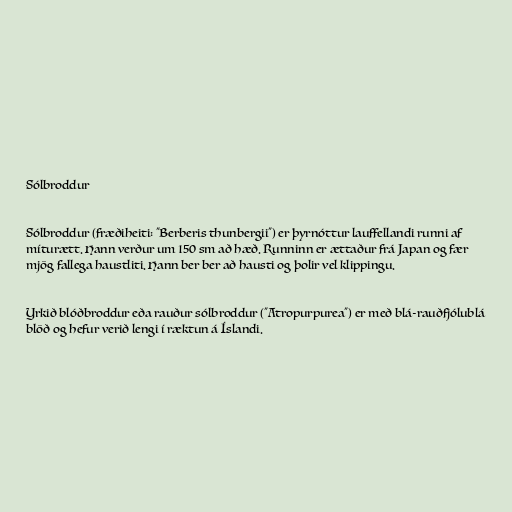
Sólbroddur

Sólbroddur (fræðiheiti: "Berberis thunbergii") er þyrnóttur lauffellandi runni af
míturætt. Hann verður um 150 sm að hæð. Runninn er ættaður frá Japan og fær
mjög fallega haustliti. Hann ber ber að hausti og þolir vel klippingu.

Yrkið blóðbroddur eða rauður sólbroddur ("Atropurpurea") er með blá-rauðfjólublá
blöð og hefur verið lengi í ræktun á Íslandi.